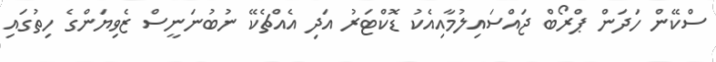
ސްކޭން ހަދަން ޕްރޯބް ޖައްސައިލުމާއިއެކު ޑޮކްޓަރު އަދި އެއްޗެކޭ ނުބުނަނީސް ޒެވިޔަންގެ ހިތުގައި